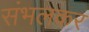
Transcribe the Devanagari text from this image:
संभलकर